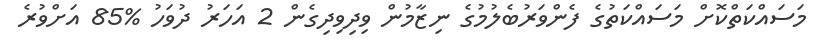
މަސައްކަތްކޮށް މަސައްކަތުގެ ފެންވަރުބެލުމުގެ ނިޒާމުން ވިދިވިދިގެން 2 އަހަރު ދުވަހު %85 އަށްވުރެ